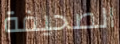
الصحيفة